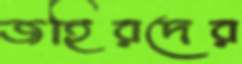
জহিরদের